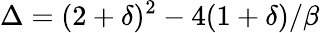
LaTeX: \Delta=(2+\delta)^{2}-4({1+\delta})/\beta